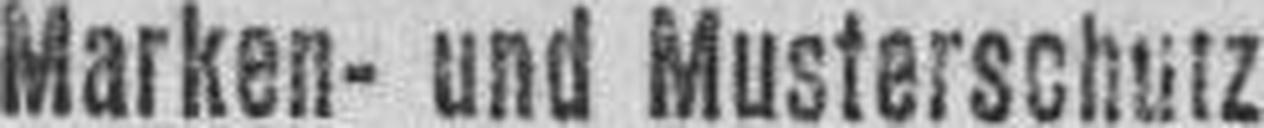
Marken- und Musterschutz